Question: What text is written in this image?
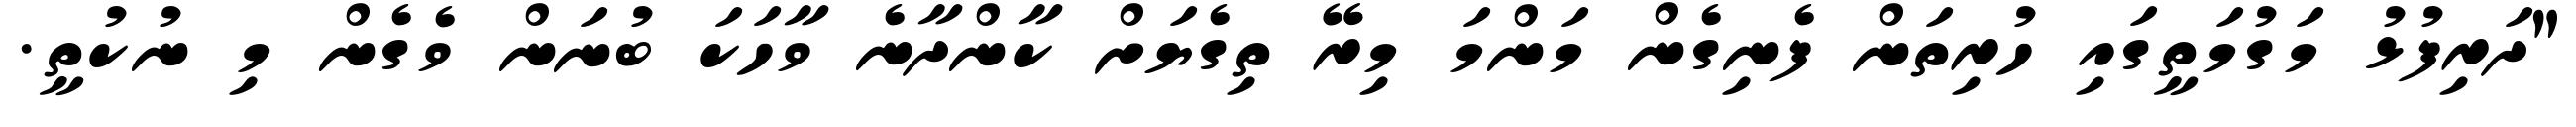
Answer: "ދަރިފުޅު މަގުމަތީގައި ހުރިތަން ފެނިގެން މަންމަ މިރޭ ތިގެޔަށް ކާންދާނެ ވާހަކަ ބުނަން ވެގެން މި ނުކުތީ.